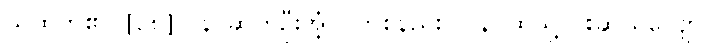
သိထိုက်၏။ [၀၈] ပန၊ ဆက်ဦးအံ့။ (တစ်နည်း) ပန၊ ထိုသို့ ငါးဆယ်ကျော်။